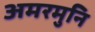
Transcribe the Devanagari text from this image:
अमरमुनि